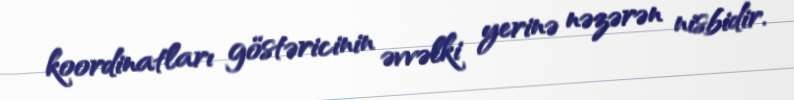
koordinatları göstəricinin əvvəlki yerinə nəzərən nisbidir.